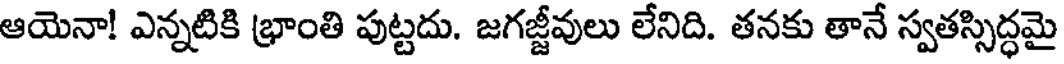
ఆయెనా! ఎన్నటికి భ్రాంతి పుట్టదు. జగజ్జీవులు లేనిది. తనకు తానే స్వతస్సిద్ధమై